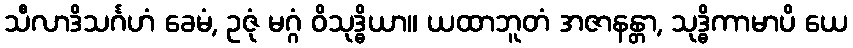
သီလာဒိသင်္ဂဟံ ခေမံ, ဥဇုံ မဂ္ဂံ ဝိသုဒ္ဓိယာ။ ယထာဘူတံ အဇာနန္တာ, သုဒ္ဓိကာမာပိ ယေ